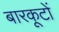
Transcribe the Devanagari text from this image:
बारकूटों